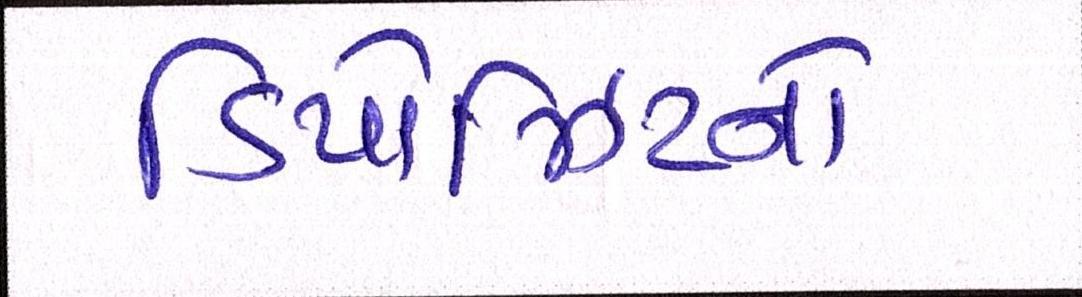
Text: ડિપોઝિટનો